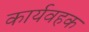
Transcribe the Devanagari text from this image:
कार्यवहक